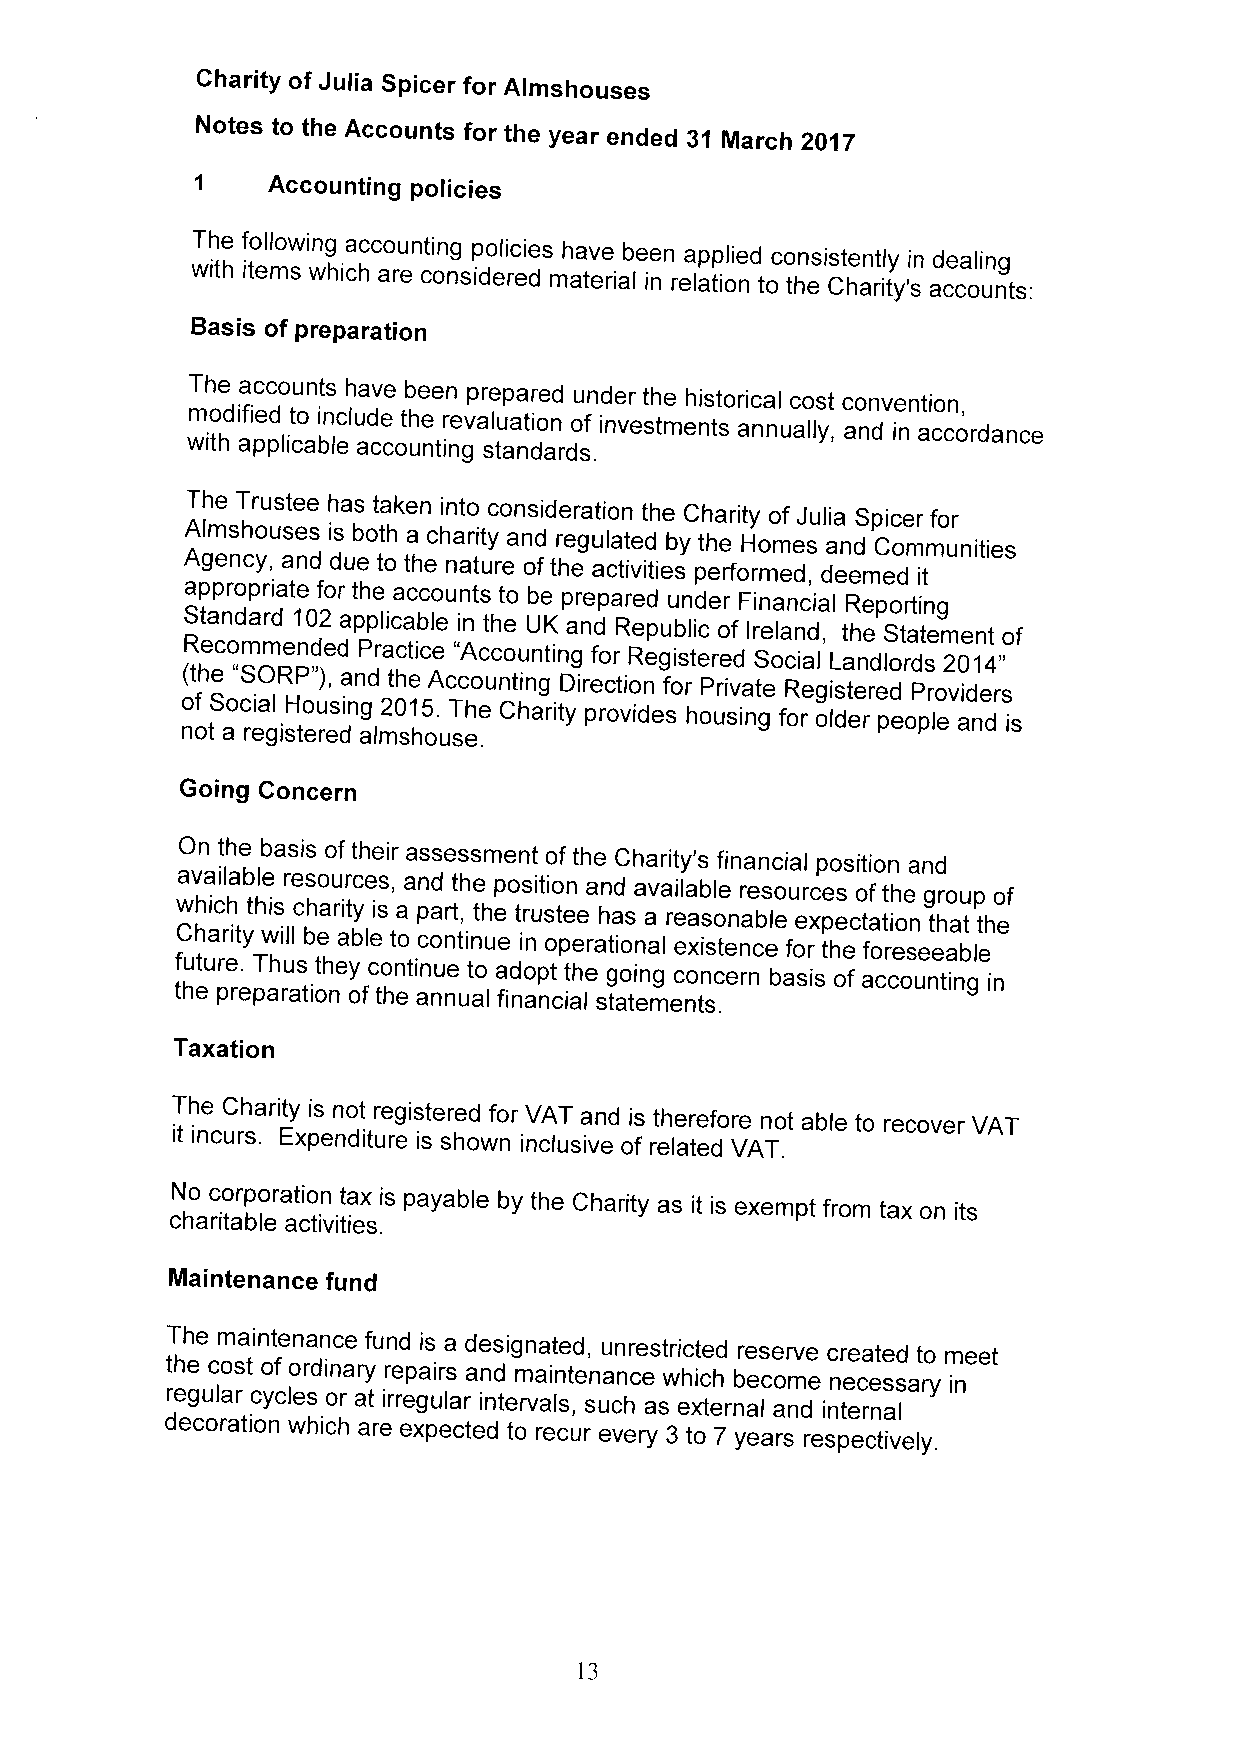
Charity of Julia Spicer for Almshouses
 Notes to the Accounts for the year ended 31 March 2017
 1    Accounting policies
 The following accounting policies have been applied consistently in dealing
 with items which are considered material in relation to the Charity's accounts:
 Basis of preparation
 The accounts have been prepared under the historical cost convention,
 modified to include the revaluation of investments annually, and in accordance
 with applicable accounting standards.
 The Trustee has taken into consideration the Charity of Julia Spicer for
 Almshouses is both a charity and regulated by the Homes and Communities
 Agency, and due to the nature ofthe activities performed, deemed
 it
 appropriate for the accounts to be prepared under Financial Reporting
 Standard 102 applicable in the UK and Republic of Ireland, the Statement of
 Recommended Practice "Accounting for Registered Social Landlords 2014"
 (the "SORP"), and the Accounting Direction for Private Registered Providers
 o nof tS aoc ri ea gl isH teo ru es ding alm20 sh1 o5 u. sT e.he Charity provides housing for older people and is
 Going Concern
 On the basis oftheir assessment of the Charity's financial position and
 available resources, and the position and available resources of the group of
 which this charity is a part, the trustee has a reasonable expectation that the
 Charity will be able to continue in operational existence for the foreseeable
 tf hu etur pe r. epT ah rau ts ionthey ofc to hn etin au nne uat lo a fid no ap nt ciat lhe stg ao ti en mg enc to sn .cern basis of accounting in
 Taxation
 The Charity is not registered for VAT and is therefore not able to recover VAT
 it incurs. Expenditure is shown inclusive of related VAT.
 No corporation tax is payable by the Charity as it is exempt from tax on its
 charitable activities.
 Maintenance fund
 The maintenance fund is a designated, unrestricted reserve created to meet
 the cost of ordinary repairs and maintenance which become necessary
 regular cycles or at irregular intervals, such as external and internal in
 decoration which are expected to recur every 3 to 7 years respectively.
 13